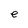
Character: e